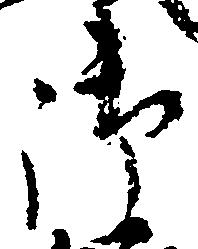
御